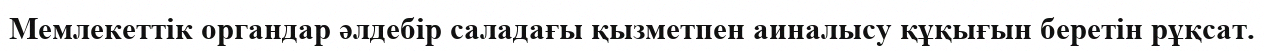
Мемлекеттік органдар әлдебір саладағы қызметпен аиналысу құқығын беретін рұқсат.